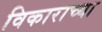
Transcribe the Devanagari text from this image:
विकाराच्या